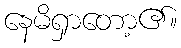
နေမိရှာတော့၏။